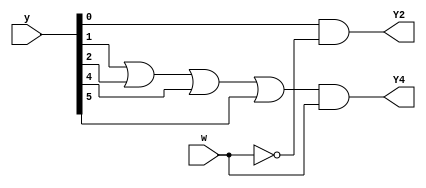
module m2014_q6c (
  input [6:1] y,
  input w,
  output Y2,
  output Y4

);
  assign Y2 = y[1]&~w;
  assign Y4 = (y[2]|y[3]|y[5]|y[6]) & w;

endmodule